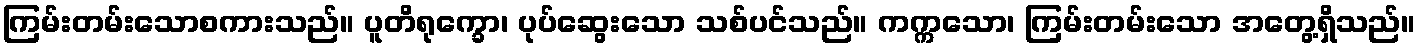
ကြမ်းတမ်းသောစကားသည်။ ပူတိရုက္ခော၊ ပုပ်ဆွေးသော သစ်ပင်သည်။ ကက္ကသော၊ ကြမ်းတမ်းသော အတွေ့ရှိသည်။